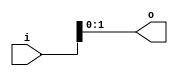
module bsg_concentrate_static_3
(
  i,
  o
);

  input [2:0] i;
  output [1:0] o;
  wire [1:0] o;
  assign o[1] = i[1];
  assign o[0] = i[0];

endmodule